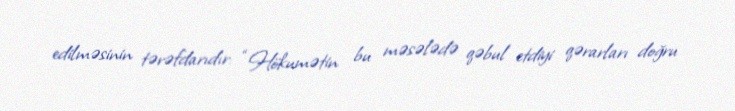
edilməsinin tərəfdarıdır: “Hökumətin bu məsələdə qəbul etdiyi qərarları doğru